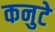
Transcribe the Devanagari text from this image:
कनुटे